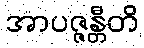
အာပဇ္ဇန္တီတိ